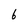
Character: 6